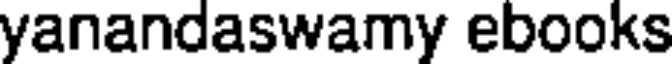
yanandaswamy ebooks